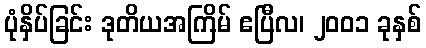
ပုံနှိပ်ခြင်း ဒုတိယအကြိမ် ဧပြီလ၊ ၂၀၀၁ ခုနှစ်